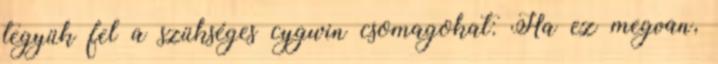
tegyük fel a szükséges cygwin csomagokat: Ha ez megvan,